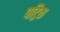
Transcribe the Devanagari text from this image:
पट्रिक